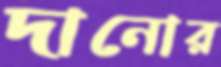
দানোর